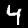
Digit: 4